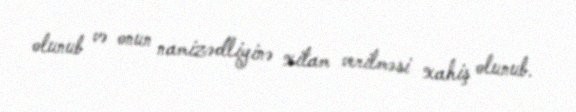
olunub və onun namizədliyinə xitam verilməsi xahiş olunub.